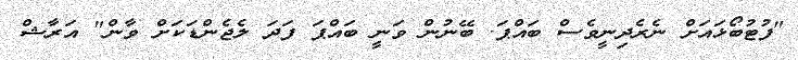
"ފުޓުބޯޅައަށް ނެރެދިނީވެސް ބައްޕަ. ބޭނުން ވަނީ ބައްޕަ ފަދަ ލެޖެންޑަކަށް ވާން" އަރާޝް